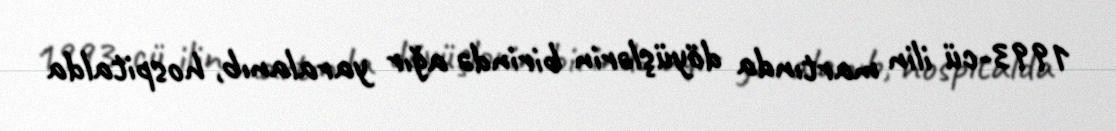
1993-cü ilin martında döyüşlərin birində ağır yaralanıb, hospitalda